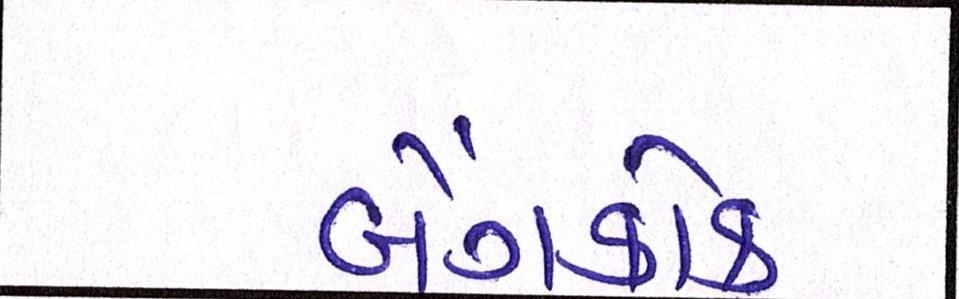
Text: બેંગકોક